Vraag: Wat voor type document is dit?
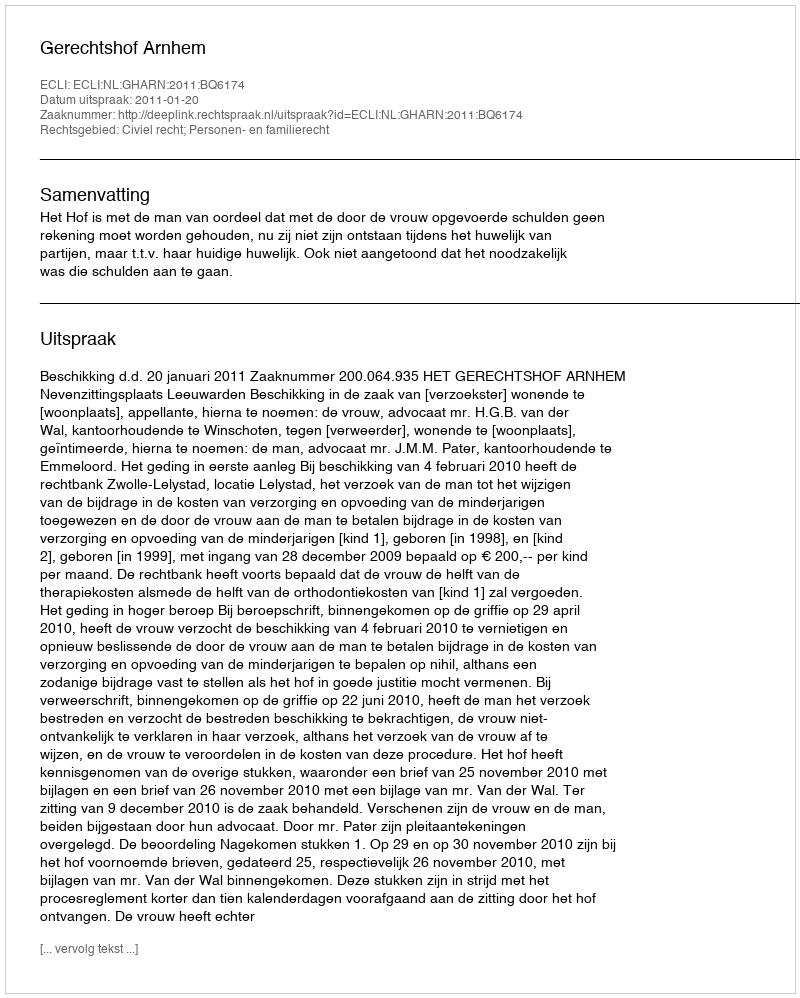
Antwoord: Uitspraak